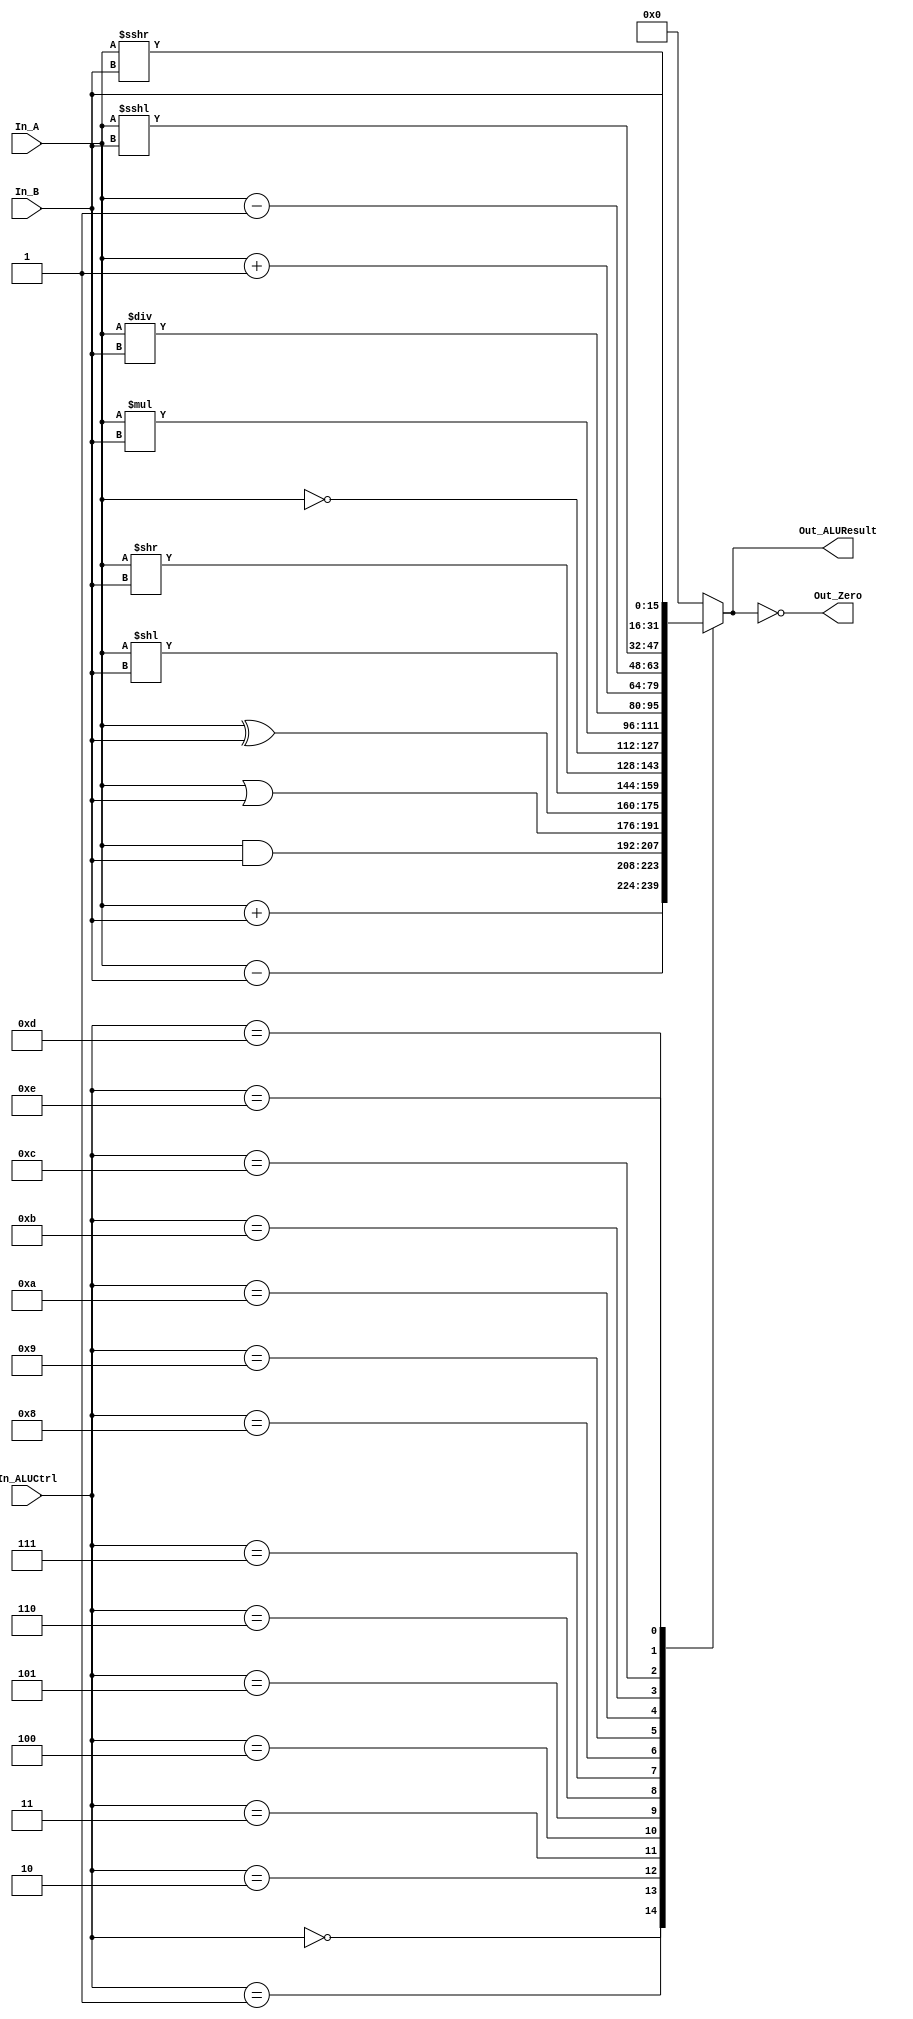
module ALU(
    input signed [15:0] In_A,                // 16-bit Operand A
    input signed [15:0] In_B,                // 16-bit Operand B
    input [3:0] In_ALUCtrl,           // 4-bit ALU control inputs
    output reg signed [15:0] Out_ALUResult,  // 16-bit ALU result
    output reg [0:0] Out_Zero        // Zero flag output
);

always @(*) begin
    case (In_ALUCtrl)
        4'b0000: Out_ALUResult = In_A + In_B;         // ADD
        4'b0001: Out_ALUResult = In_A - In_B;         // SUB
        4'b0010: Out_ALUResult = In_A & In_B;         // AND
        4'b0011: Out_ALUResult = In_A | In_B;         // OR
        4'b0100: Out_ALUResult = In_A ^ In_B;         // XOR
        4'b0101: Out_ALUResult = In_A << In_B;        // Left Shift Logical
        4'b0110: Out_ALUResult = In_A >> In_B;        // Right Shift Logical
        4'b0111: Out_ALUResult = ~In_A;               // NOT
        4'b1000: Out_ALUResult = In_A * In_B;         // Multiply
        4'b1001: Out_ALUResult = In_A / In_B;         // Divide
        4'b1010: Out_ALUResult = In_A + 16'b0000000000000001;  // Increment
        4'b1011: Out_ALUResult = In_A - 16'b0000000000000001;  // Decrement
        4'b1100: Out_ALUResult = In_A <<< In_B;        // Left Shift Arithmetic
        4'b1101: Out_ALUResult = In_A >>> In_B;        // Right Shift Arithemtic
        4'b1110: Out_ALUResult = In_B;                  //pass through immediate value
        default: Out_ALUResult = 16'b0;                     
    endcase
    Out_Zero = (Out_ALUResult == 16'b0);
end

endmodule